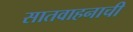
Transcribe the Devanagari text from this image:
सातवाहनाची